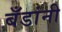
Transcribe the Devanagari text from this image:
बँडांनी